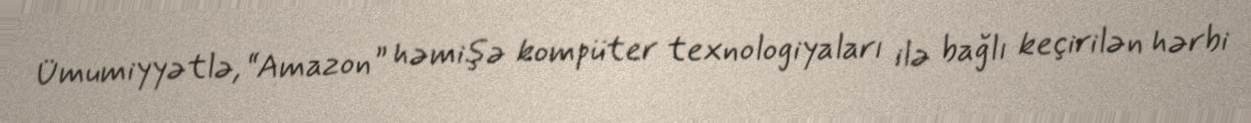
Ümumiyyətlə, “Amazon” həmişə kompüter texnologiyaları ilə bağlı keçirilən hərbi